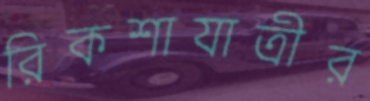
রিকশাযাত্রীর